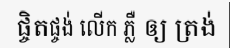
ផ្ចិតផ្ចង់ លើក ភ្លឺ ឲ្យ ត្រង់